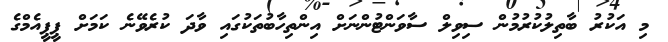
މި އަކުރު ބާތިލުކުރުމުން ސިވިލް ސާވަންޓުންނަށް އިންތިހާބުތަކުގައި ވާދަ ކުރެވޭނެ ކަމަށް ޕީޕީއެމްގެ